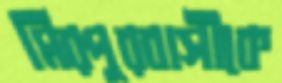
মিরপুরবাসীকে